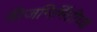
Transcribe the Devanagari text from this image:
वीजनिर्मितीच्या